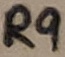
Text: R9